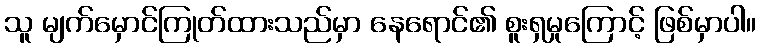
သူ မျက်မှောင်ကြုတ်ထားသည်မှာ နေရောင်၏ စူးရှမှုကြောင့် ဖြစ်မှာပါ။